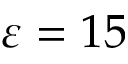
\varepsilon = 1 5